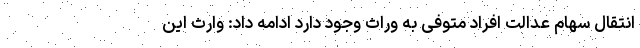
انتقال سهام عدالت افراد متوفی به وراث وجود دارد ادامه داد: وارث این